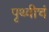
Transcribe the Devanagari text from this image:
पृथ्वीचं